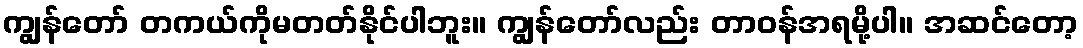
ကျွန်တော် တကယ်ကိုမတတ်နိုင်ပါဘူး။ ကျွန်တော်လည်း တာဝန်အရမို့ပါ။ အဆင်တော့